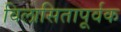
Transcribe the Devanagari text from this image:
विलासितापूर्वक